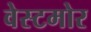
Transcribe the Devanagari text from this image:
वेस्टमोर